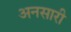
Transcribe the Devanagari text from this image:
अनसारी